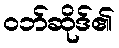
ဝဘ်ဆိုဒ်၏